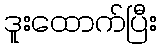
ဒူးထောက်ပြီး